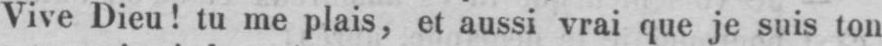
Vive Dieu! tu me plais, et aussi vrai que je suis ton